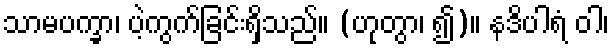
သာမပက္ခာ၊ ပဲ့ကွက်ခြင်းရှိသည်။ (ဟုတွာ၊ ၍)။ နဒိပါရံ ဝါ၊